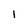
Character: I